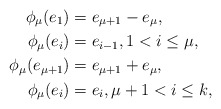
\begin{align*}\phi_\mu(e_1) & = e_{\mu+1}-e_\mu, \\\phi_\mu(e_i) & = e_{i-1}, 1< i \leq \mu, \\\phi_\mu(e_{\mu+1}) & = e_{\mu+1} + e_\mu, \\\phi_\mu(e_i) & = e_i, \mu +1 < i \leq k,\end{align*}